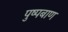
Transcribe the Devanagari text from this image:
पुष्पबाण